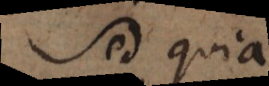
Sed quia